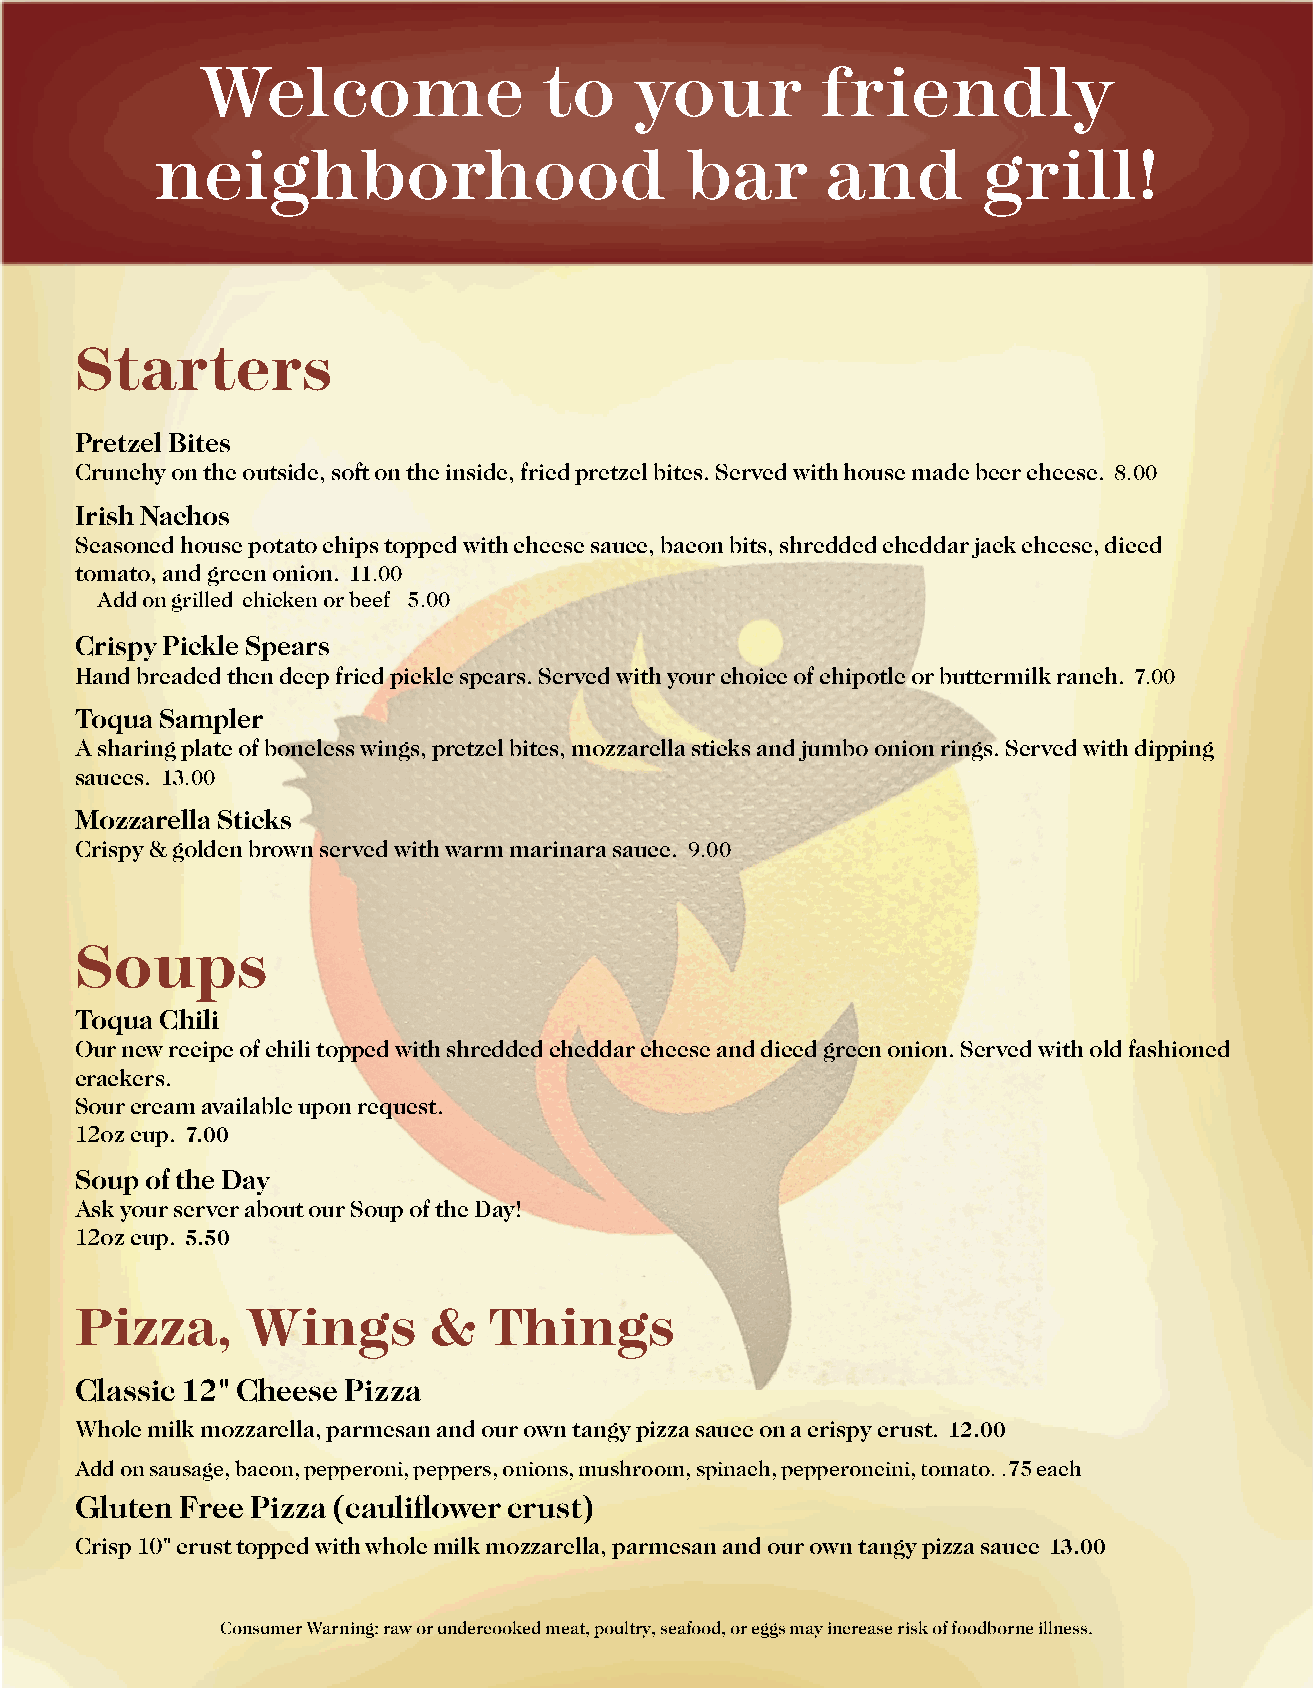
Welcome                to    your        friendly
 neighborhood                       bar       and       grill!
 Starters
 Pretzel Bites
 Crunchy on the outside, so on the inside, fried pretzel bites. Served with house made beer cheese. 8.00
 Irish Nachos
 Seasoned house potato chips topped with cheese sauce, bacon bits, shredded cheddar jack cheese, diced
 tomato, and green onion. 11.00
 Add on grilled chicken or beef 5.00
 Crispy Pickle Spears
 Hand breaded then deep fried pickle spears. Served with your choice of chipotle or buttermilk ranch. 7.00
 Toqua Sampler
 A sharing plate of boneless wings, pretzel bites, mozzarella sticks and jumbo onion rings. Served with dipping
 sauces. 13.00
 Mozzarella Sticks
 Crispy & golden brown served with warm marinara sauce. 9.00
 Soups
 Toqua Chili
 Our new recipe of chili topped with shredded cheddar cheese and diced green onion. Served with old fashioned
 crackers.
 Sour cream available upon request.
 12oz cup. 7.00
 Soup of the Day
 Ask your server about our Soup of the Day!
 12oz cup. 5.50
 Pizza,     Wings       &   Things
 Classic 12" Cheese Pizza
 Whole milk mozzarella, parmesan and our own tangy pizza sauce on a crispy crust. 12.00
 Add on sausage, bacon, pepperoni, peppers, onions, mushroom, spinach, pepperoncini, tomato..75 each
 Gluten Free Pizza (cauliflower crust)
 Crisp 10" crust topped with whole milk mozzarella, parmesan and our own tangy pizza sauce 13.00
 Consumer Warning: raw or undercooked meat, poultry, seafood, or eggs may increase risk of foodborne illness.